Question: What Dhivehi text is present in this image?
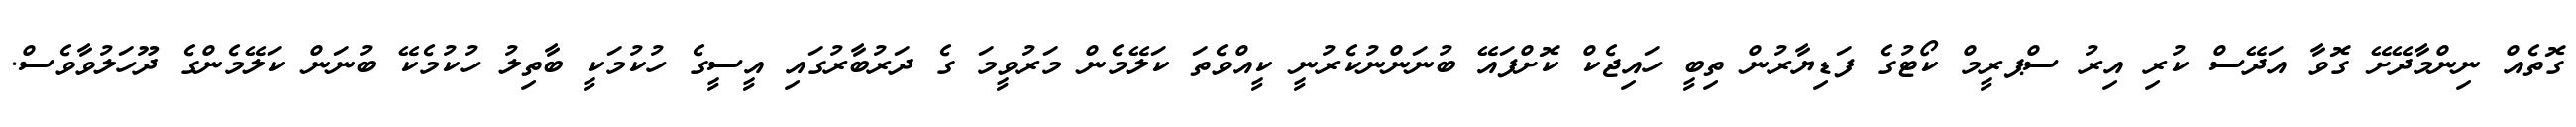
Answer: ގޮތެއް ނިންމާދޭށޭ ގޮވާ އަދޭސް ކުރި އިރު ސްޕރީމް ކޯޓުގެ ފަޑިޔާރުން ތިބީ ހައިޖެކް ކޮށްފައޭ ބުނަންނުކެރުނީ ކީއްވެތަ ކަލޭމެން މަރުވީމަ ގެ ދަރުބާރުގައި އީސީގެ ހުކުމަކީ ބާތިލު ހުކުމެކޭ ބުނަން ކަލޭމެންގެ ދޫހަލުވާވެސް.